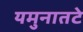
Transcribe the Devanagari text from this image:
यमुनातटे